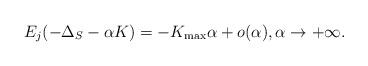
LaTeX: \begin{align*}E_{j}(-\Delta_{S}- \alpha K)=-K_{\max}\alpha+o(\alpha), \alpha\to+\infty.\end{align*}